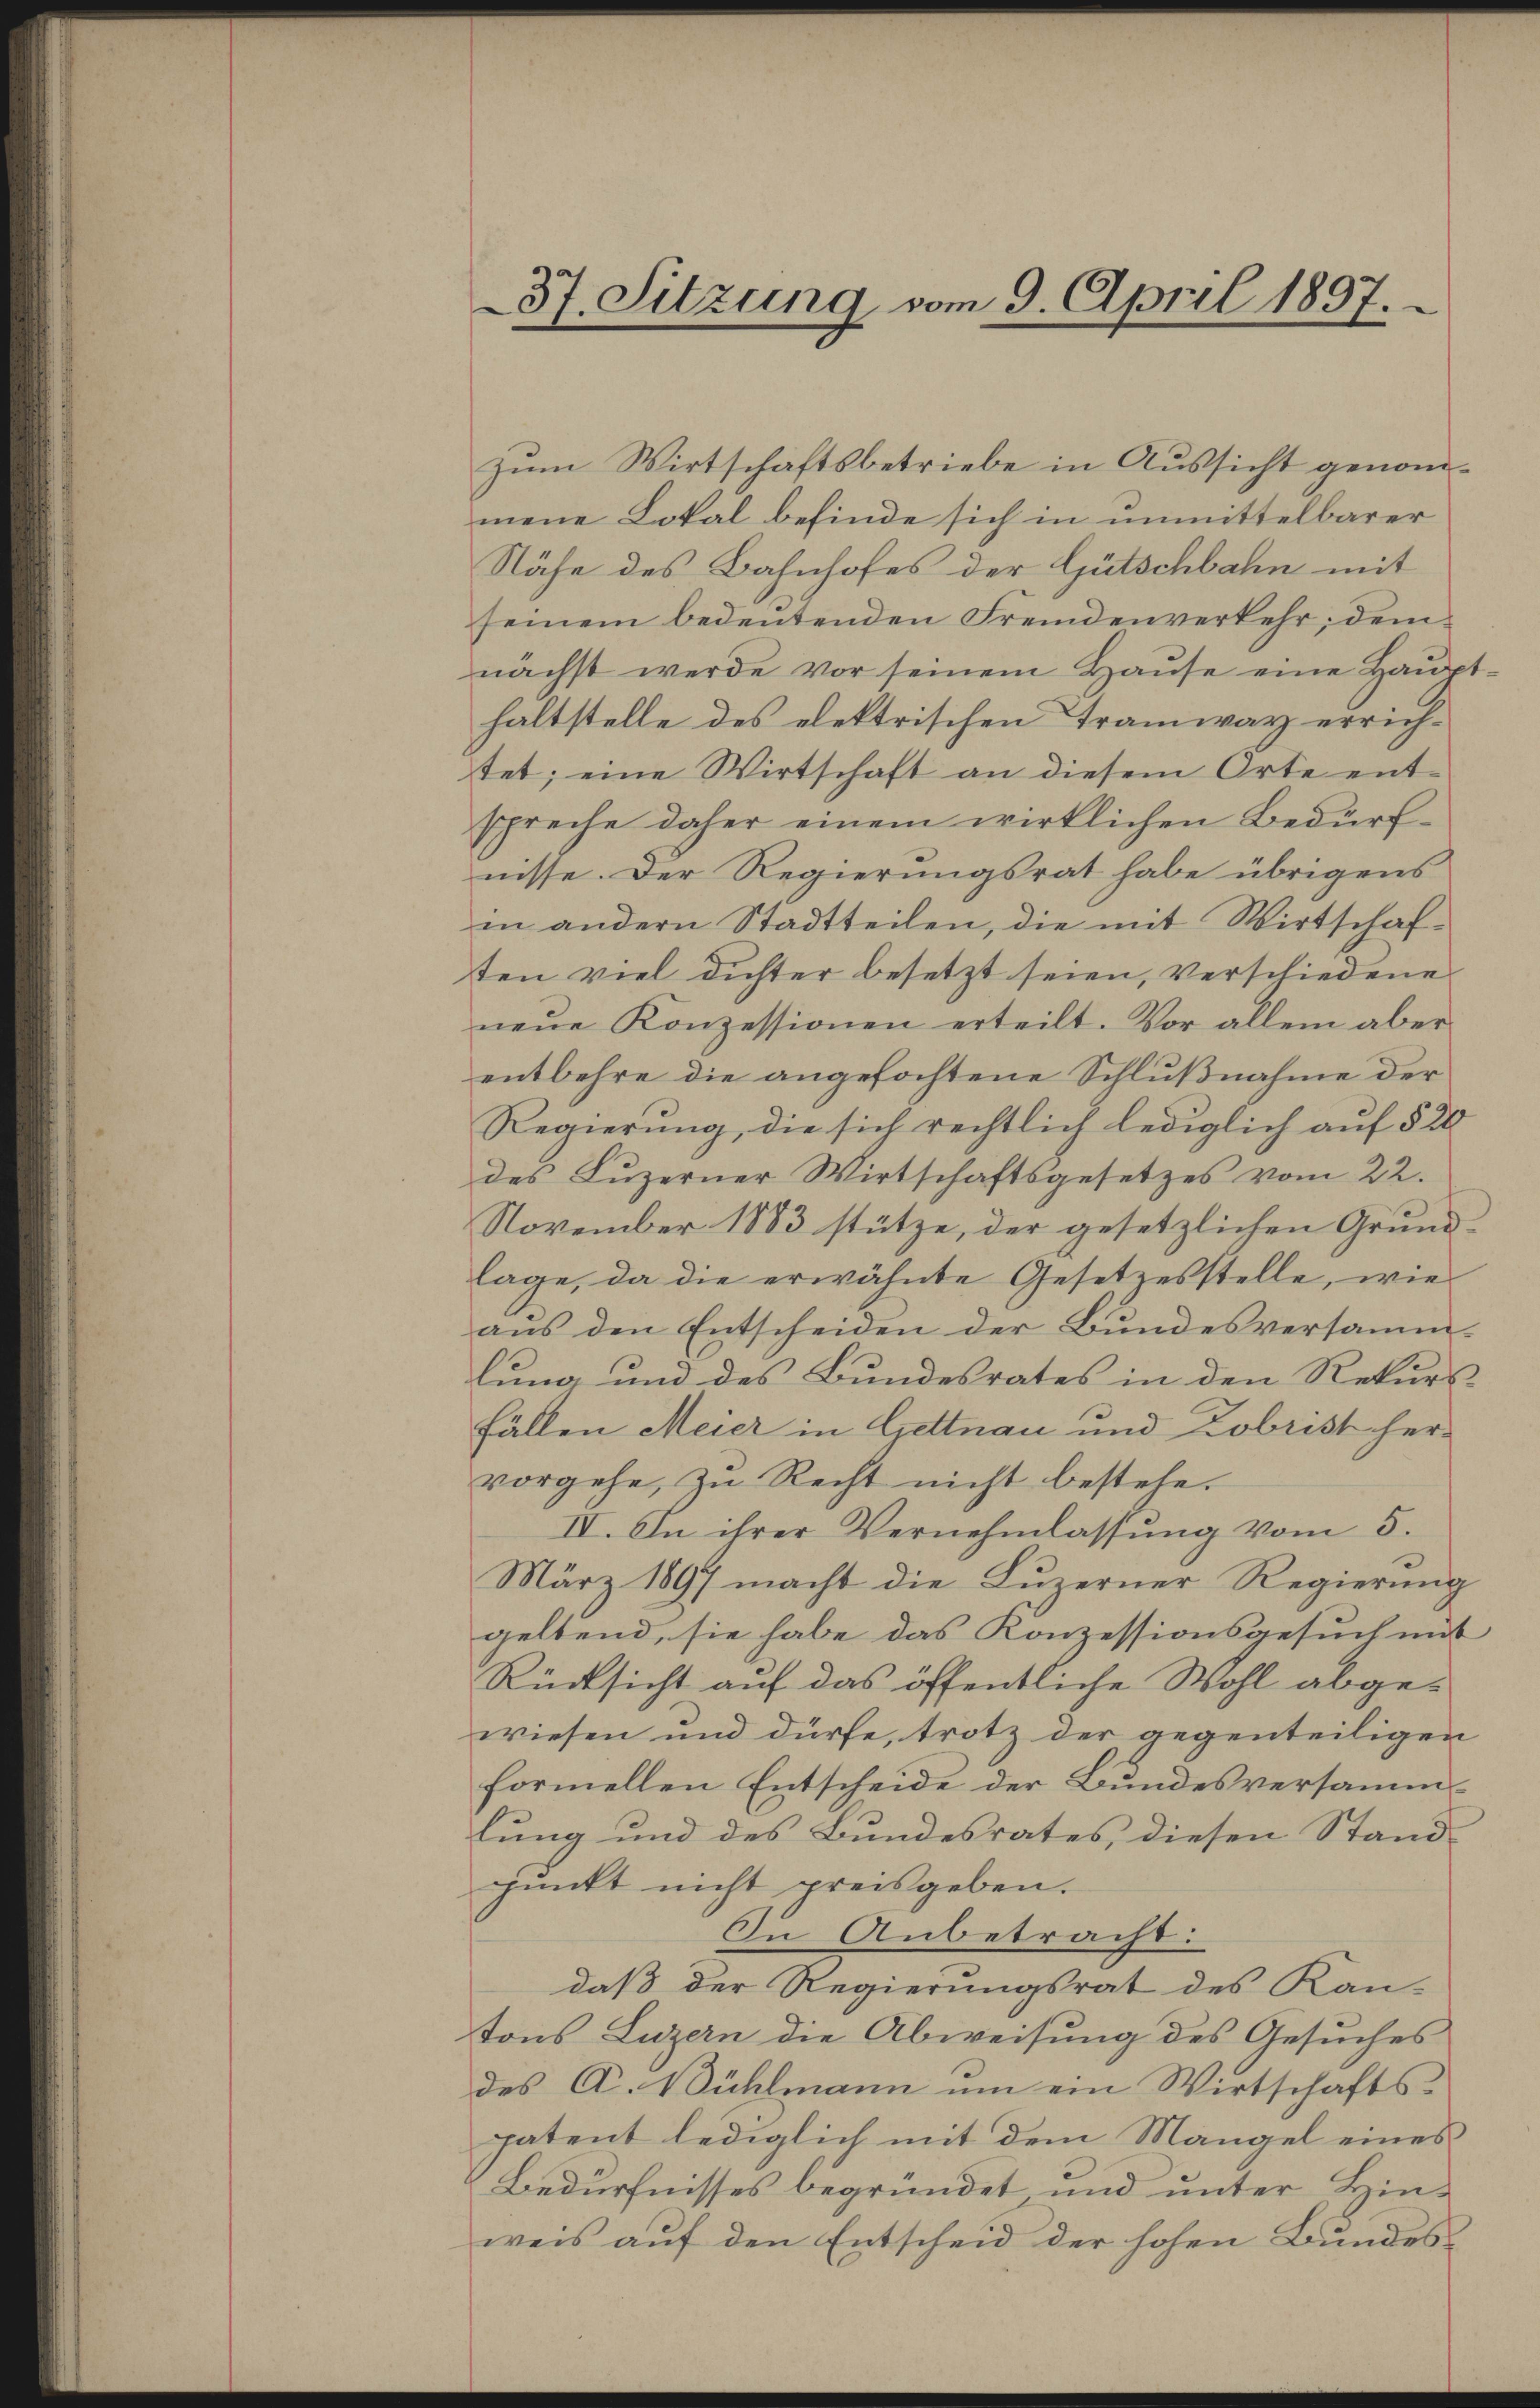
37. Sitzung vom 9. April 1897.

Zum Wirtschaftsbetriebe in Aussicht genommene Lokal befinde sich in unmittelbarer
Nähe des Bahnhofes der Gütschbahn mit
seinem bedeutenden Fremdenverkehr, dem
nächst werde vor seinem Haŭse eine Haŭpt-
haltstelle des elektrischen Tramway errichtet; eine Wirtschaft an diesem Orte entspreche daher einem wirklichen Bedürfnisse. Der Regierungsrat habe übrigens
in andern Stadtteilen, die mit Wirtschaften viel dichter besetzt seien, verschiedene
neue Konzessionen erteilt. Vor allem aber
entbehre die angefochtene Schlußnahme der
Regierung, die sich rechtlich lediglich auf § 20
des Luzerner Wirtschaftsgesetzes vom 22.
November 1883 stütze, der gesetzlichen Grundlage, da die erwähnte Gesetzesstelle, wie
aus den Entscheiden der Bundesversamm-
lung und des Bundesrates in den Rekurs
Fällen Meier in Gettnau und Zobrist hervorgehe, zu Recht nicht bestehe.
IV. In ihrer Vernehmlassung vom 5.
März 1897 macht die Luzerner Regierung
geltend, sie habe das Konzessionsgesuch mit
Rücksicht auf das öffentliche Wohl abge-
wiesen und dürfe, trotz der gegenteiligen
formellen Entscheide der Bundesversammlung und des Bundesrates, diesen Stand-
punkt nicht preisgeben.
In Anbetracht:
daß der Regierungsrat des Kan-
tons Luzern die Abweisung des Gesuches
des A. Bühlmann um ein Wirtschaftspatent lediglich mit dem Mangel eines
Bedürfnisses begründet und unter Hinweis auf den Entscheid der hohen Bundes-